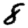
Digit: 8